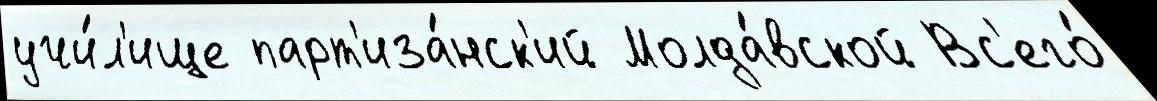
учи́л'ище парт'иза́нск'ий Молда́вской Вс'его́